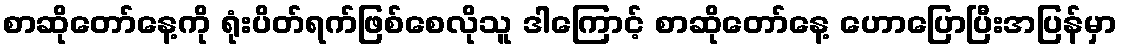
စာဆိုတော်နေ့ကို ရုံးပိတ်ရက်ဖြစ်စေလိုသူ ဒါကြောင့် စာဆိုတော်နေ့ ဟောပြောပြီးအပြန်မှာ